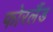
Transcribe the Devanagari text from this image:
फोरलैंड